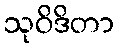
သုဝိဒိတာ